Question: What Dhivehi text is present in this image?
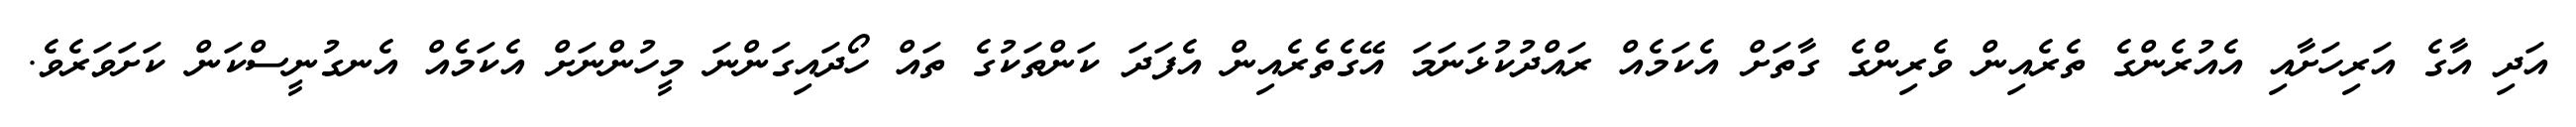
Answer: އަދި އާގެ އަރިހަށާއި އެއުރެންގެ ތެރެއިން ވެރިންގެ ގާތަށް އެކަމެއް ރައްދުކުޅަނަމަ އޭގެތެރެއިން އެފަދަ ކަންތަކުގެ ތައް ހޯދައިގަންނަ މީހުންނަށް އެކަމެއް އެނގުނީސްކަން ކަށަވަރެވެ.